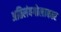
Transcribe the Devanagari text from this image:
अतिलंबगोलाकार